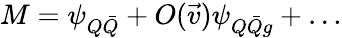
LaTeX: M=\psi_{Q\bar{Q}}+O(\vec{v})\psi_{Q\bar{Q}g}+\ldots